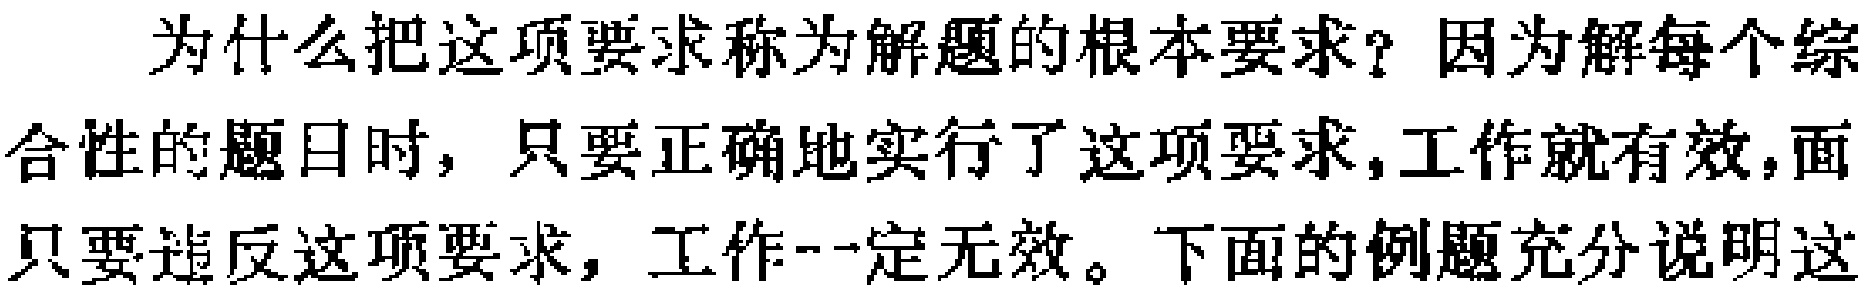
为什么把这项要求称为解题的根本要求？因为解每个综合性的题目时，只要正确地实行了这项要求,工作就有效,而只要违反这项要求，工作--定无效。下面的例题充分说明这